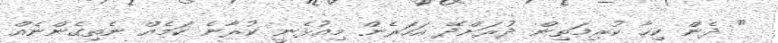
" ދެން ކިހާ ކުރިމަތިން ދުރަށްދޭ އަހަރެން މިއުޅެނީ ކުރާނެ ކަމެއް ނެތިގެންނެއް